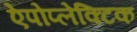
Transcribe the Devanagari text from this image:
ऐपोप्लेक्टिक